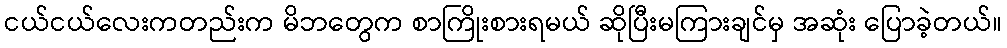
ငယ်ငယ်လေးကတည်းက မိဘတွေက စာကြိုးစားရမယ် ဆိုပြီးမကြားချင်မှ အဆုံး ပြောခဲ့တယ်။